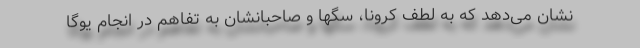
نشان می‌دهد که به لطف کرونا، سگها و صاحبانشان به تفاهم در انجام یوگا